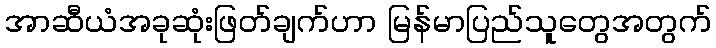
အာဆီယံအခုဆုံးဖြတ်ချက်ဟာ မြန်မာပြည်သူတွေအတွက်